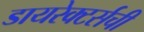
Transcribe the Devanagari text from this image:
डायरेक्टर्सची